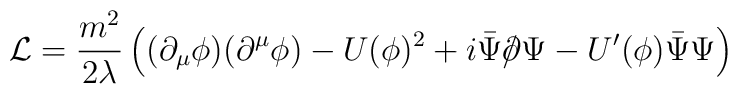
{\cal L} = \frac{m^2}{2\lambda} \left((\partial_\mu \phi)    (\partial^\mu \phi) - U(\phi)^2 +i\bar\Psi     \slash\hspace{-0.5em}\partial \Psi - U^\prime(\phi) \bar \Psi     \Psi \right)